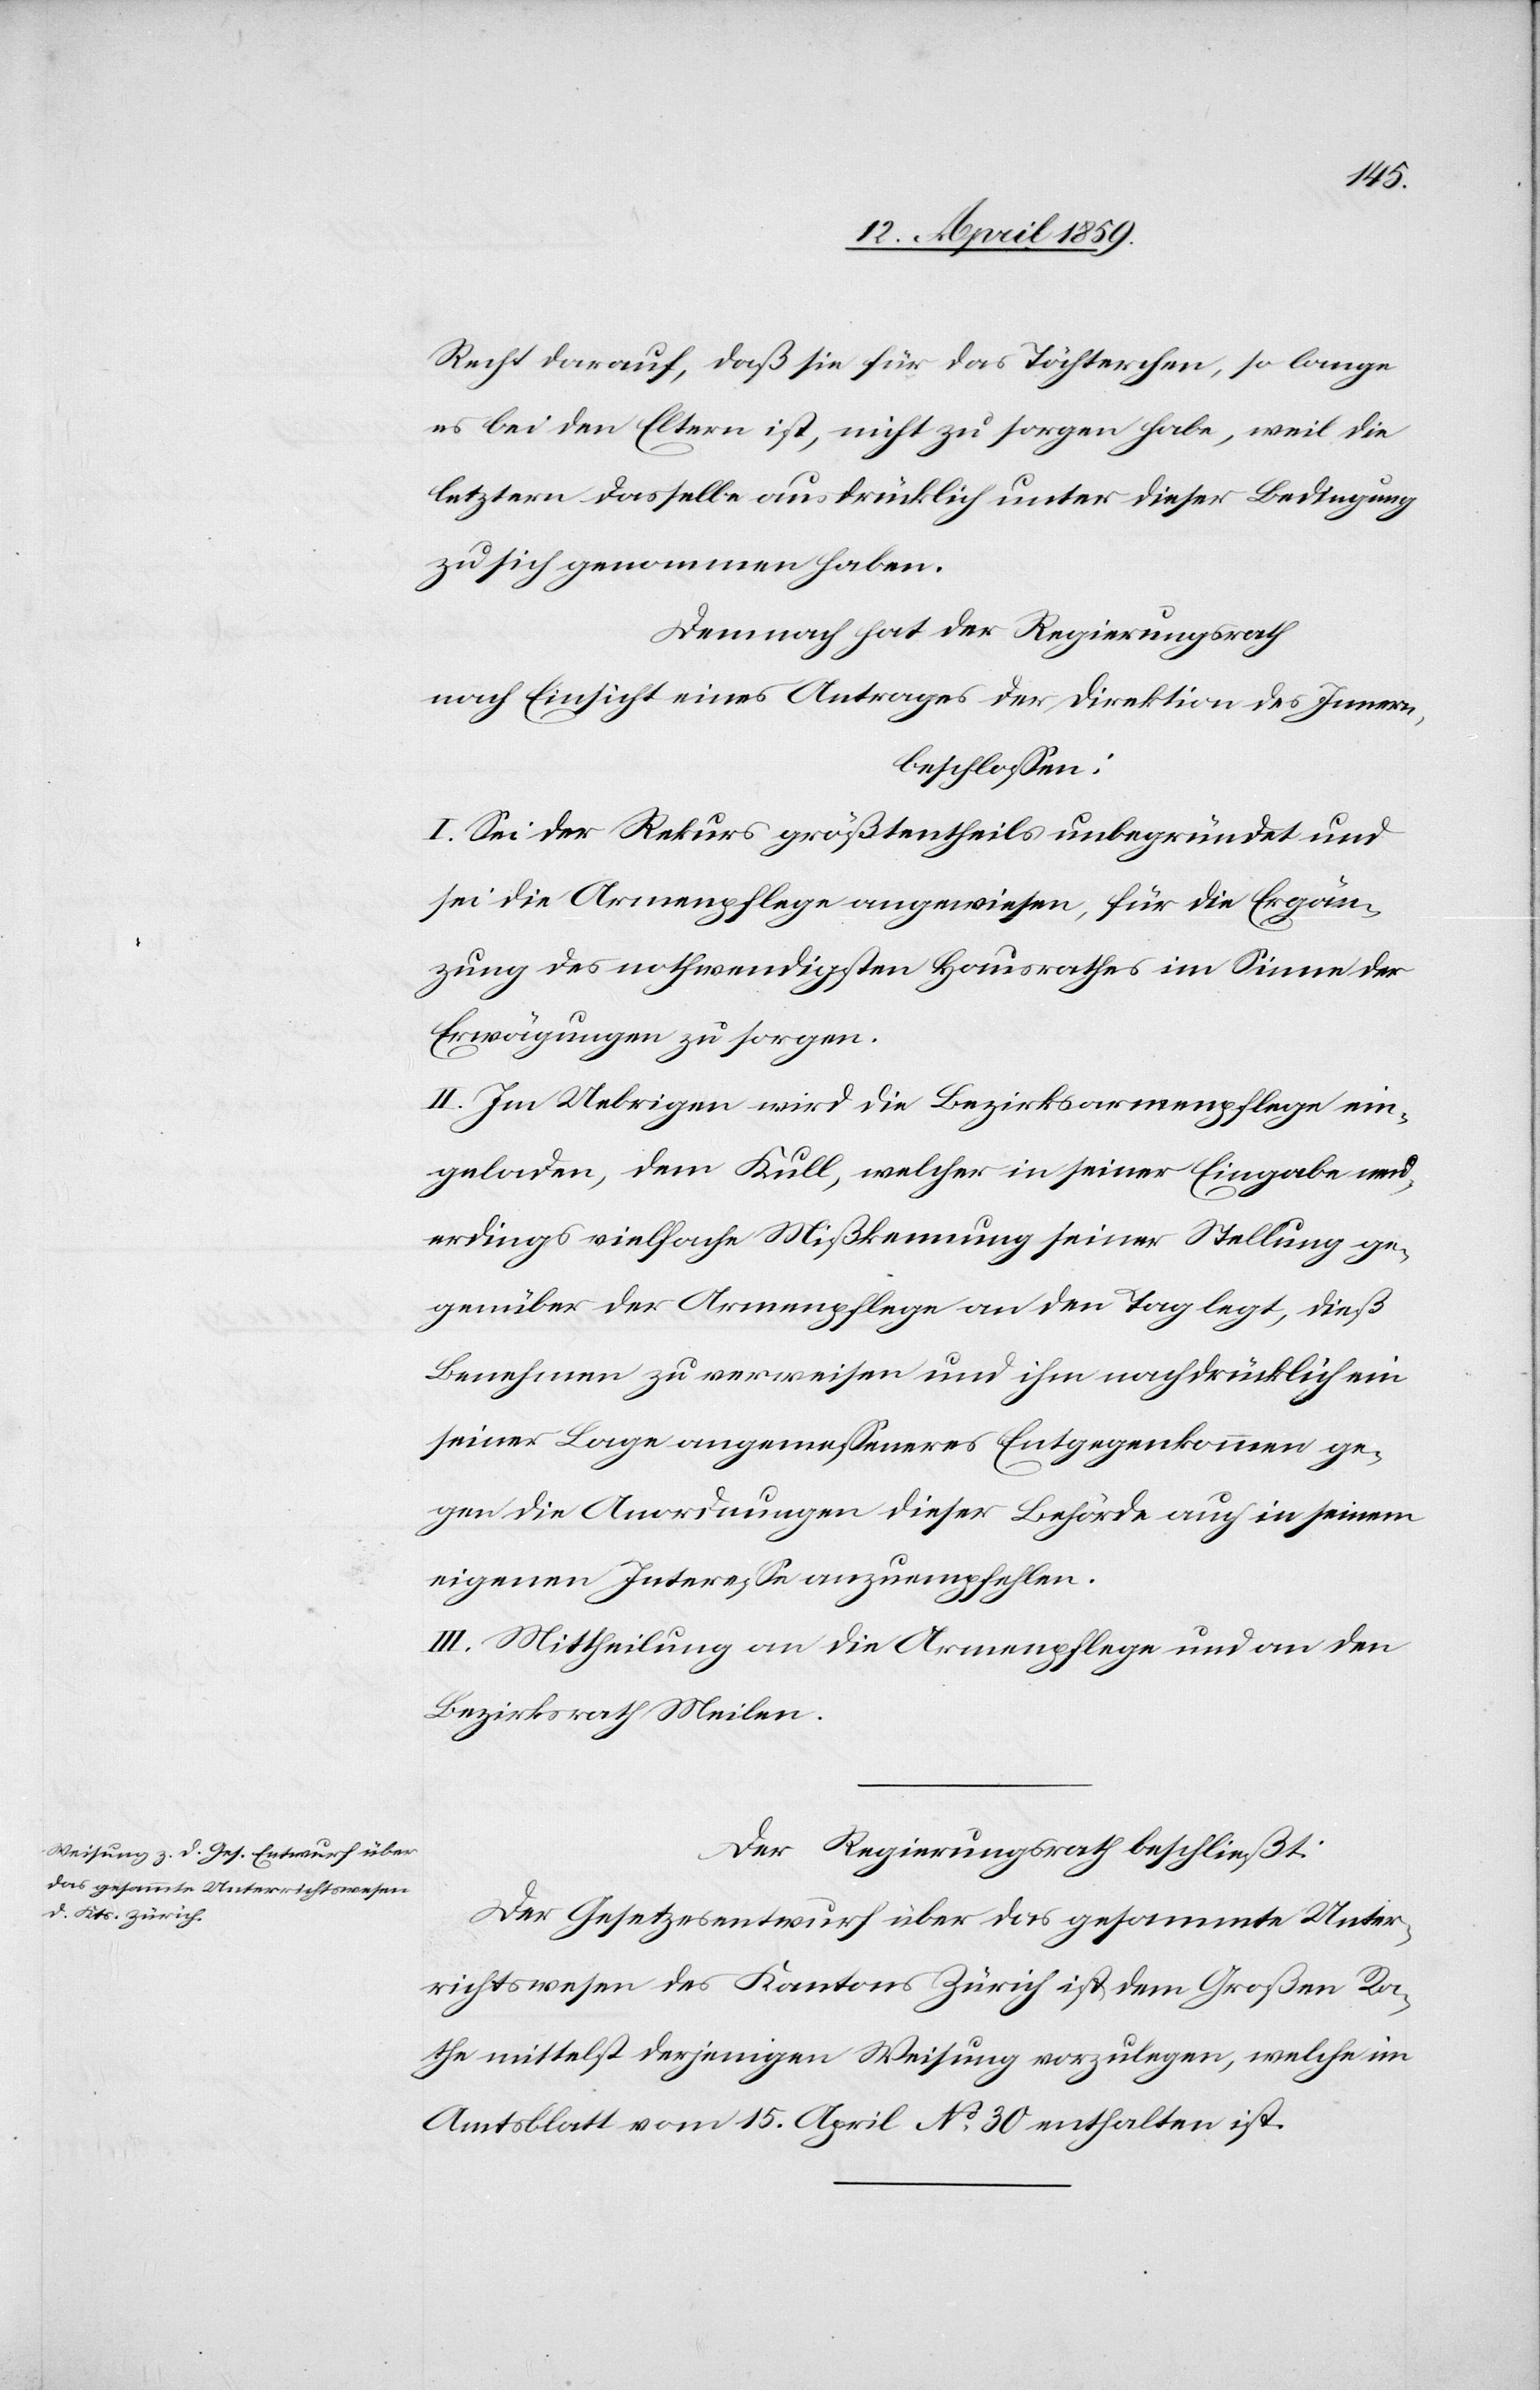
Recht darauf, daß sie für das Töchterchen, so lange
es bei den Eltern ist, nicht zu sorgen habe, weil die
letztern dasselbe ausdrücklich unter dieser Bedingung
zu sich genommen haben.
Demnach hat der Regierungsrath
nach Einsicht eines Antrages der Direktion des Innern,
beschloßen:
I. Sei der Rekurs größtentheils unbegründet und
sei die Armenpflege angewiesen, für die Ergän¬
zung des nothwendigsten Hausrathes im Sinne der
Erwägungen zu sorgen.
II. Im Uebrigen wird die Bezirksarmenpflege ein¬
geladen, dem Kull, welcher in seiner Eingabe neu¬
erdings vielfache Mißkennung seiner Stellung ge¬
genüber der Armenpflege an den Tag legt, dieß
Benehmen zu verweisen und ihm nachdrücklich ein
seiner Lage angemeßeneres Entgegenkommen ge¬
gen die Anordnungen dieser Behörde auch in seinem
eigenen Intereße anzuempfehlen.
III. Mittheilung an die Armenpflege und an den
Bezirksrath Meilen.
Der Regierungsrath beschließt:
Der Gesetzesentwurf über das gesammte Unter¬
richtswesen des Kantons Zürich ist dem Großen Ra¬
the mittelst derjenigen Weisung vorzulegen, welche im
Amtsblatt vom 15. April No 30 enthalten ist.